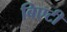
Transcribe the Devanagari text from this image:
बिएटी